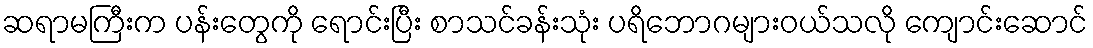
ဆရာမကြီးက ပန်းတွေကို ရောင်းပြီး စာသင်ခန်းသုံး ပရိဘောဂများဝယ်သလို ကျောင်းဆောင်